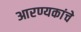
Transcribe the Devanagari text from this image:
आरण्यकांचे